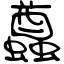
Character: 蠤